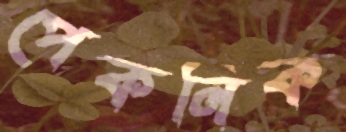
পেকনিক